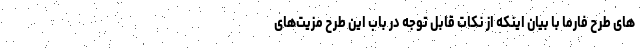
های طرح فارما با بیان اینکه از نکات قابل توجه در باب این طرح مزیت‌های